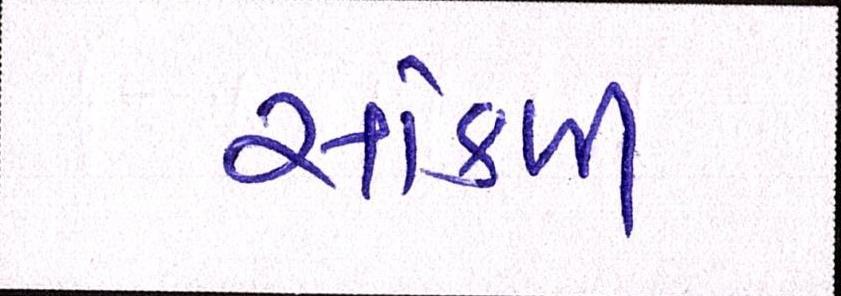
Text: સાંકળી